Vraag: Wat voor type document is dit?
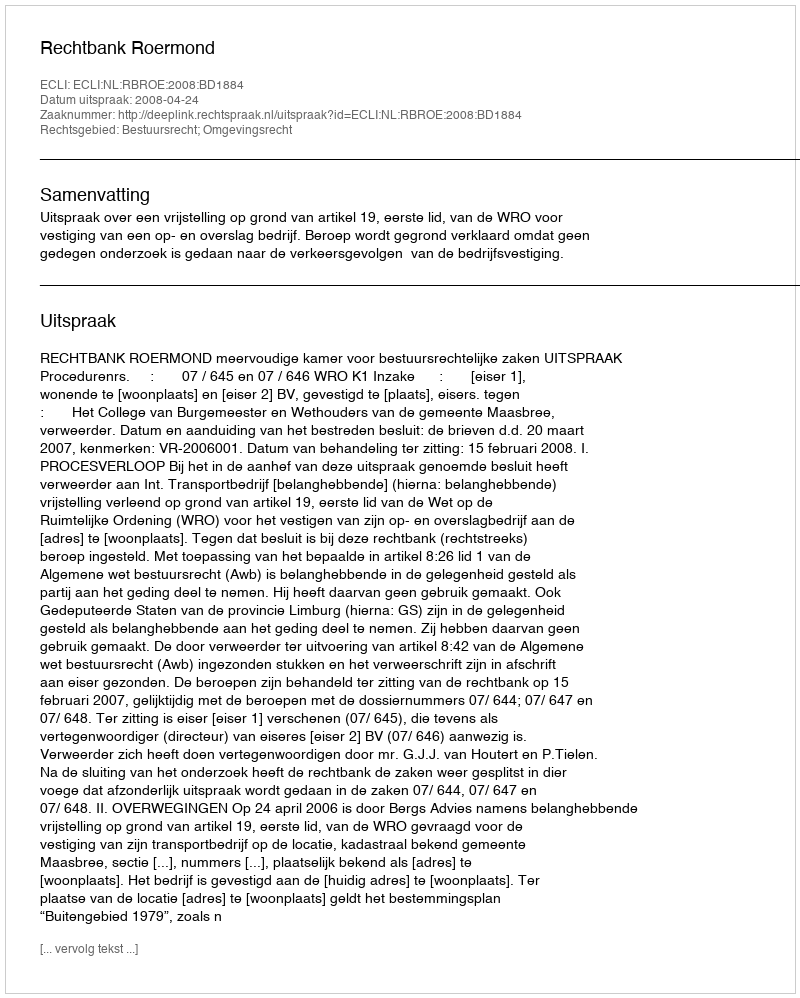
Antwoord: Uitspraak